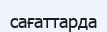
сағаттарда